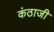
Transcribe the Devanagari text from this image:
कंठाजी